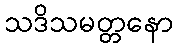
သဒိသမတ္တနော